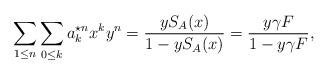
LaTeX: \begin{align*}\sum_{1\leq n}\sum_{0\leq k}a^{\star n}_{k}x^{k}y^{n}=\frac {yS_{A}(x)}{1-yS_{A}(x)}={y\gamma F\over 1-y\gamma F},\end{align*}